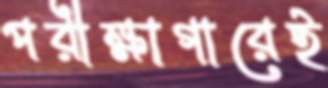
পরীক্ষাগারেই